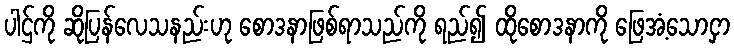
ပါဌ်ကို ဆိုပြန်လေသနည်းဟု စောဒနာဖြစ်ရာသည်ကို ရည်၍ ထိုစောဒနာကို ဖြေအံ့သောငှာ